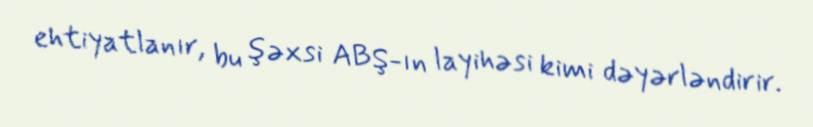
ehtiyatlanır, bu şəxsi ABŞ-ın layihəsi kimi dəyərləndirir.